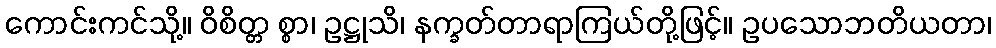
ကောင်းကင်သို့။ ဝိစိတ္တ စ္စာ၊ ဥဋ္ဌုသိ၊ နက္ခတ်တာရာကြယ်တို့ဖြင့်။ ဥပသောဘတိယတာ၊